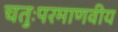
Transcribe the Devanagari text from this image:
चतुःपरमाणवीय